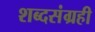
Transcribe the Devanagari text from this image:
शब्दसंग्रही